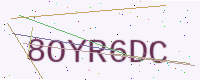
Text: 8OYR6DC